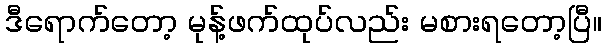
ဒီရောက်တော့ မုန့်ဖက်ထုပ်လည်း မစားရတော့ပြီ။